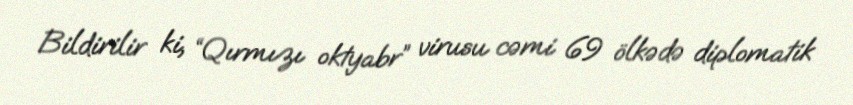
Bildirilir ki, “Qırmızı oktyabr” virusu cəmi 69 ölkədə diplomatik